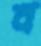
ব